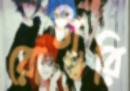
রোটারি